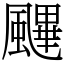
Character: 䬛